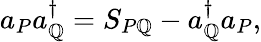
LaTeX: a_{P}a_{\mathbb{Q}}^{\dagger}=S_{P\mathbb{Q}}-a_{\mathbb{Q}}^{\dagger}a_{P},